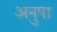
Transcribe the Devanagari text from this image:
अनुपा